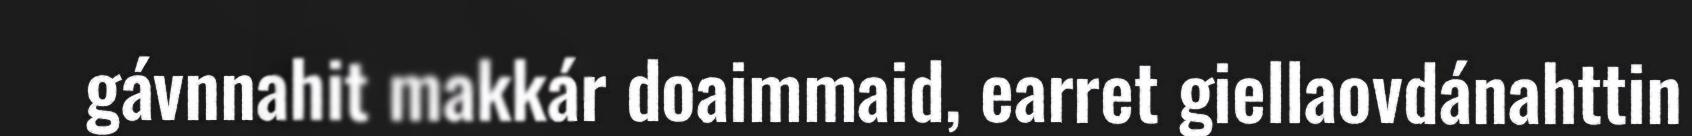
gávnnahit makkár doaimmaid, earret giellaovdánahttin